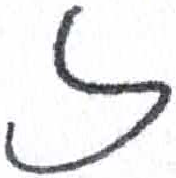
אות: ז